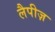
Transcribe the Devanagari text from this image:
लैपीज़